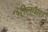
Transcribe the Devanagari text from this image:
भीलवारा